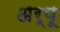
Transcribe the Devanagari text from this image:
अर्पू